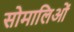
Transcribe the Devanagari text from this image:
सोमालिओं